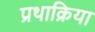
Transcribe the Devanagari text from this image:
प्रथाक्रिया